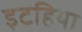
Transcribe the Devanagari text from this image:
इटहिया